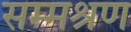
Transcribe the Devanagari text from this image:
सम्मश्रण